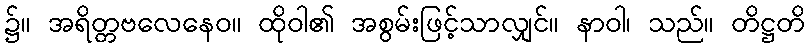
၌။ အရိတ္တဗလေနေဝ။ ထိုဝါ၏ အစွမ်းဖြင့်သာလျှင်။ နာဝါ၊ သည်။ တိဋ္ဌတိ